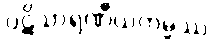
ပဋိသာရဏီယကမ္မဿ